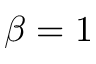
\beta = 1